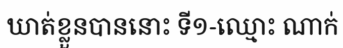
ឃាត់ខ្លួនបាននោះ ទី១-ឈ្មោះ ណាក់